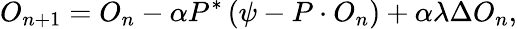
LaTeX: O_{n+1}=O_{n}-\alpha P^{*}\left(\psi-P\cdot O_{n}\right)+\alpha\lambda\Delta O_{n},